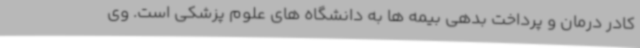
کادر درمان و پرداخت بدهی بیمه ها به دانشگاه های علوم پزشکی است. وی